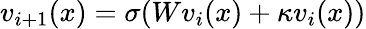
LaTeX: v_{i+1}(x)=\sigma(Wv_{i}(x)+\mathcal{\kappa}v_{i}(x))